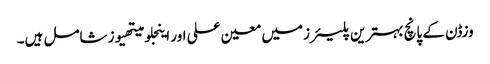
وزڈن کے پانچ بہترین پلیئرز میں معین علی اور اینجلو میتھیوز شامل ہیں۔